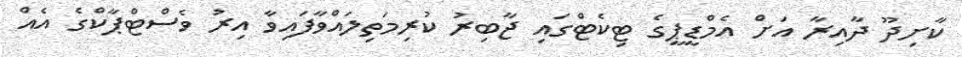
ކާށިދޫ ދާއިރާ އަށް އެމްޑީޕީގެ ޓިކެޓްގައި ޖާބިރު ކުރިމަތިލައްވާފައިވާ އިރު ވެސްޓްޕާކްގެ އެއް